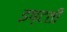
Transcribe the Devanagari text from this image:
इष्टती